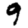
Digit: 9